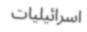
اسرائيليات